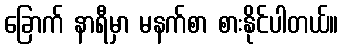
ခြောက် နာရီမှာ မနက်စာ စားနိုင်ပါတယ်။